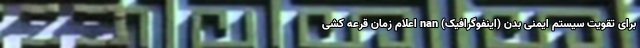
برای تقویت سیستم ایمنی بدن (اینفوگرافیک) nan اعلام زمان قرعه کشی